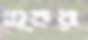
ত্বর